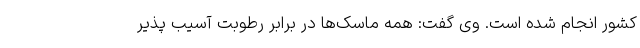
کشور انجام شده است. وی گفت: همه ماسک‌ها در برابر رطوبت آسیب پذیر